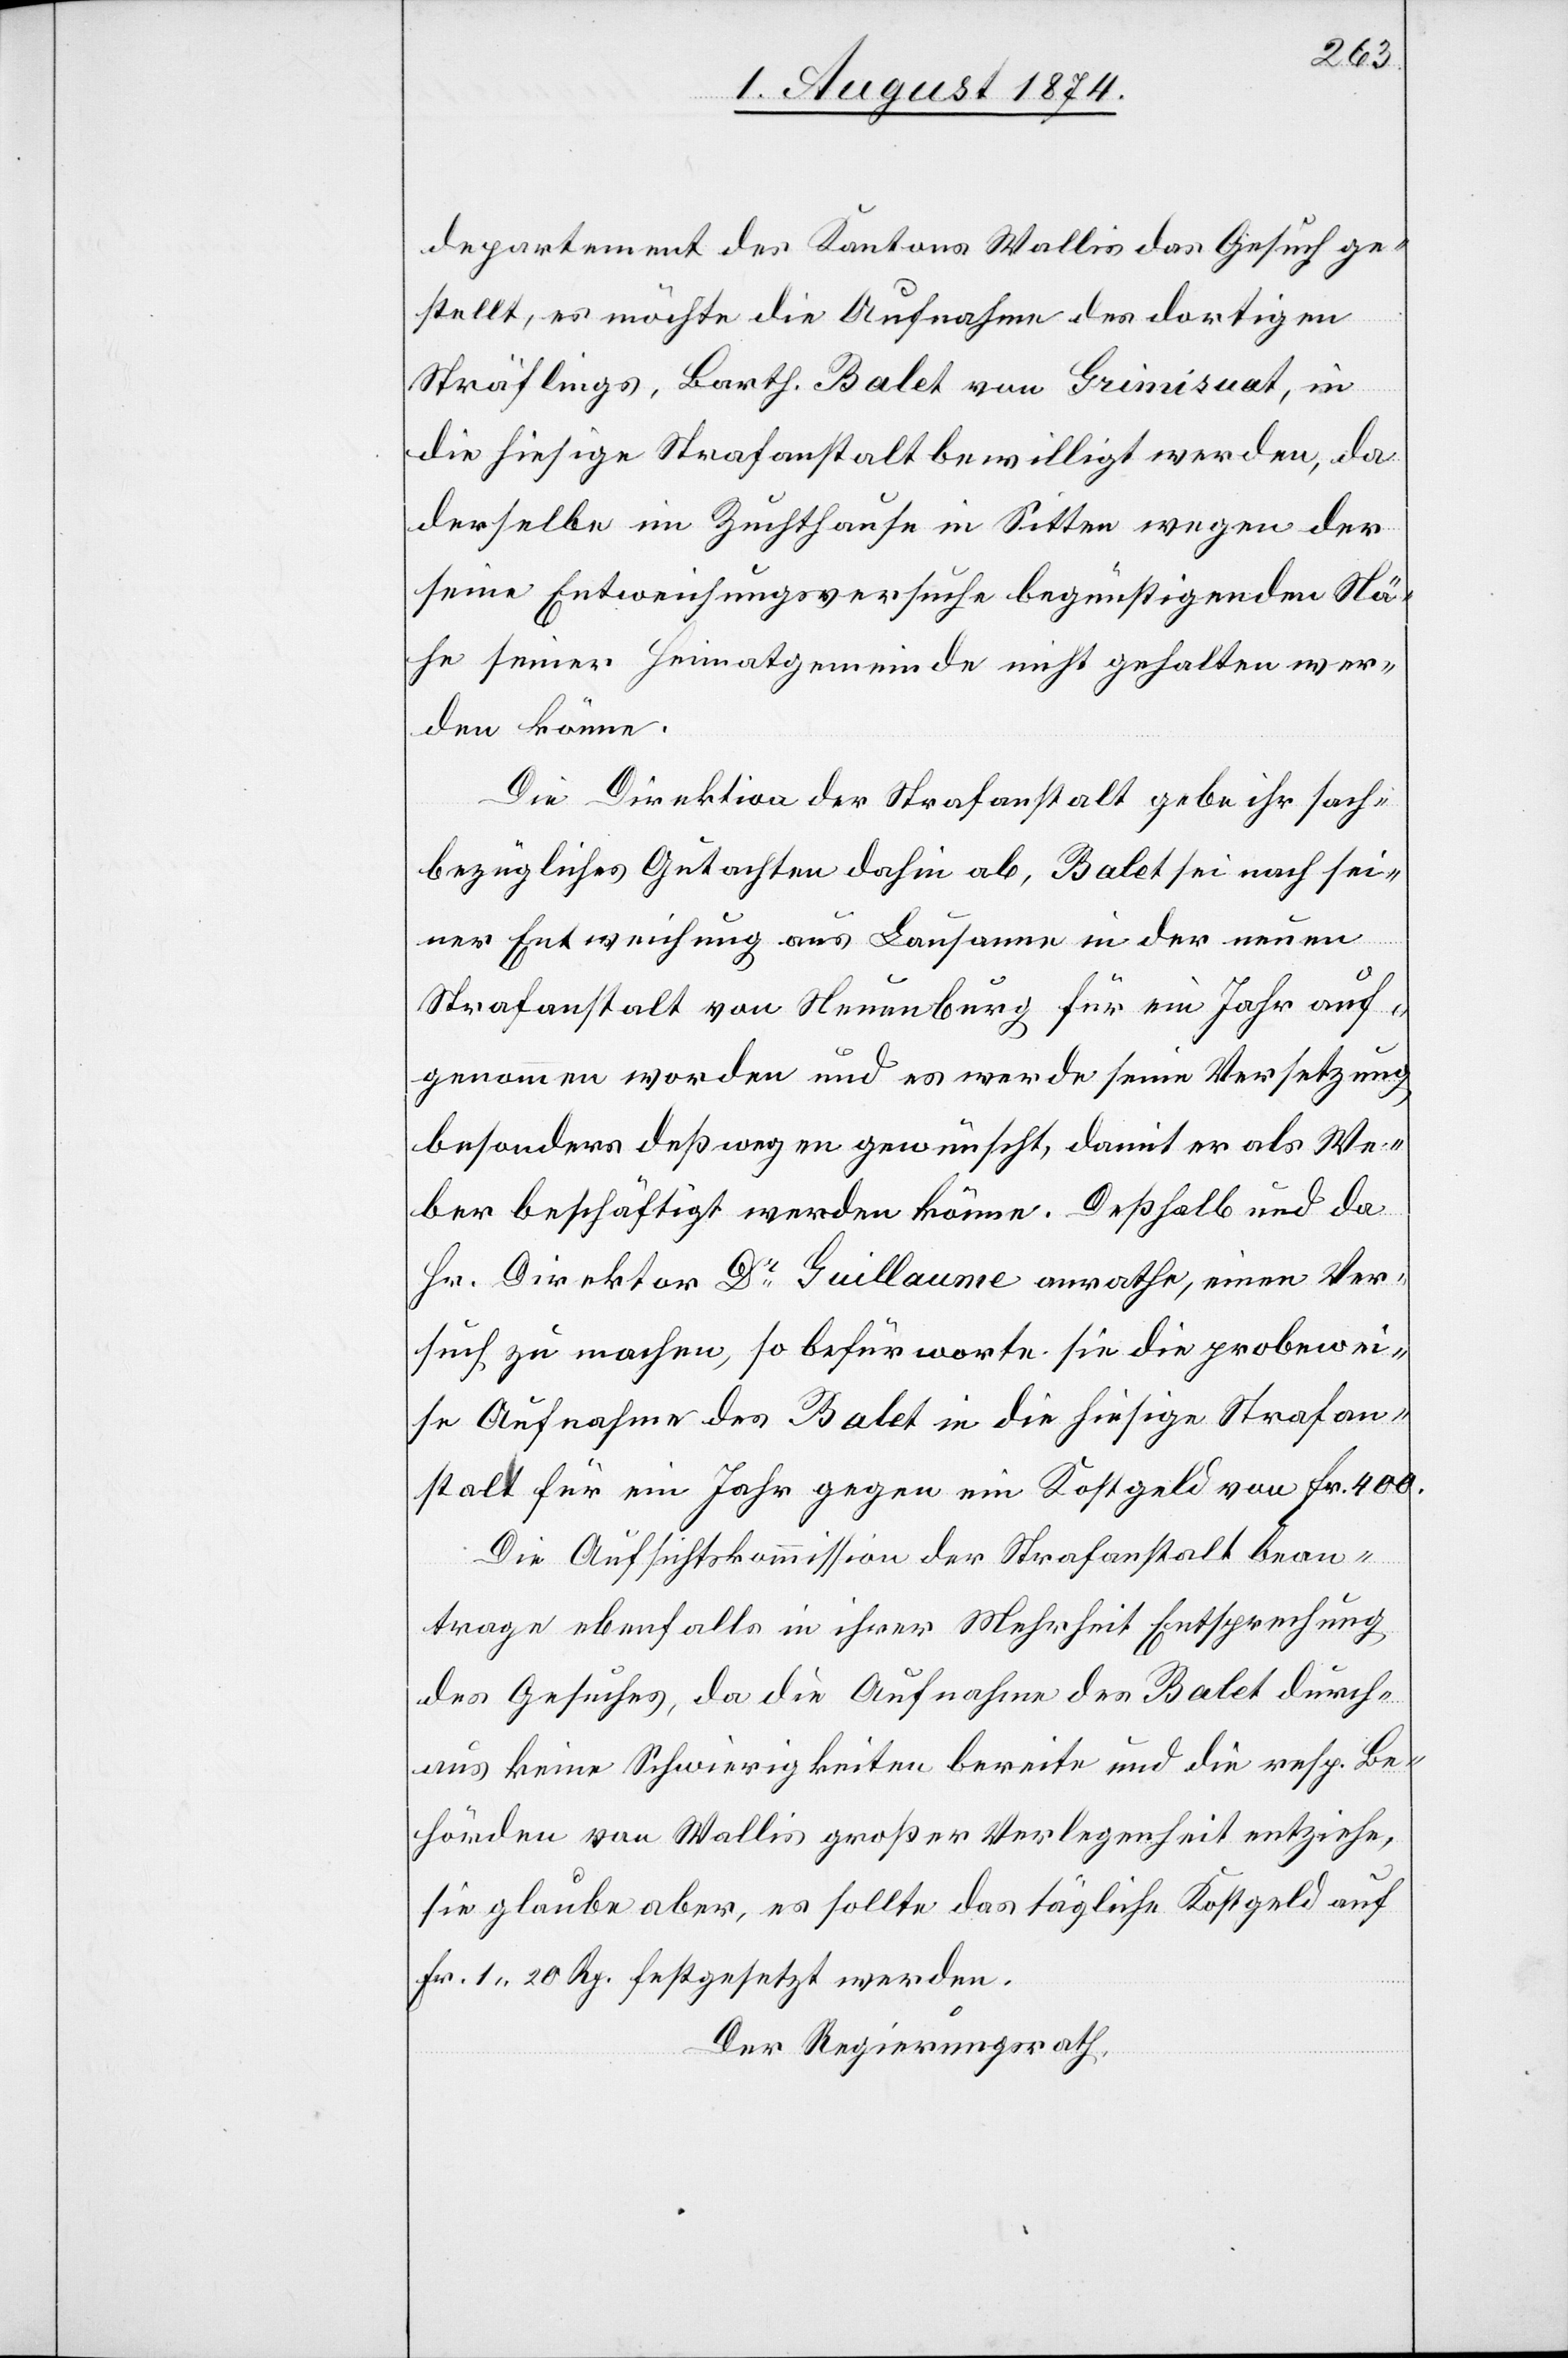
Departement des Kantons Wallis das Gesuch ge¬
stellt, es möchte die Aufnahme des dortigen
Sträflings, Barth. Balet [sic!] von Grimisuat, in
die hiesige Strafanstalt bewilligt werden, da
derselbe im Zuchthause in Sitten wegen Nä¬
he seiner Heimatgemeinde nicht gehalten wer¬
den könne.
Die Direktion der Strafanstalt gebe ihr sach¬
bezügliches Gutachten dahin ab, Balet sei nach sei¬
ner Entweichung aus Lausanne in der neuen
Strafanstalt von Neuenburg für ein Jahr auf¬
genommen worden und es werde seine Versetzung
besonders deßwegen gewünscht, damit er als We¬
ber beschäftigt werden könne. Deßhalb und da
Hr. Direktor Dr Gullaume anrathe, einen Ver¬
such zu machen, so befürworte sie die probewei¬
se Aufnahme des Balet in die hiesige Strafan¬
stalt für ein Jahr gegen eine Kostgeld von Fr. 400.
Die Aufsichtskommission der Strafanstalt bean¬
trage ebenfalls in ihrer Mehrheit Entsprechung
des Gesuches, da die Aufnahme des Balet durch¬
aus keine Schwierigkeiten bereite und die resp. Be¬
hörden von Wallis großer Verlegenheit entziehe,
sie glaube aber, es sollte das tägliche Kostgeld auf
Fr. 1.20 Rp. festgesetzt werden.
Der Regierungsrath,